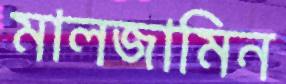
মালজামিন